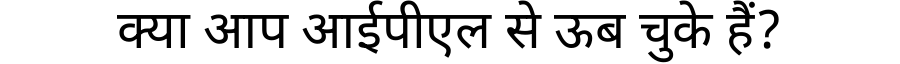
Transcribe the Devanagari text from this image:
क्या आप आईपीएल से ऊब चुके हैं?